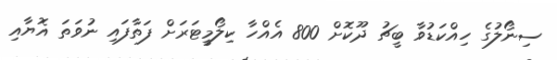
ސިނޯލުގެ ހިއްކަޑުވާ ބީޗު ދޫކޮށް 800 އެއްހާ ކިލޯމީޓަރަށް ފަތާފައި ނުވަތަ އޮޔާއި